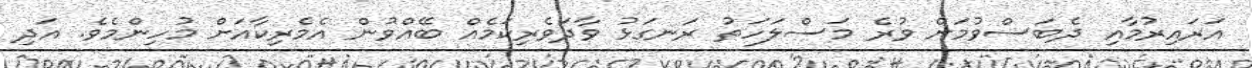
އަރައިރުމާއި ދެބަސްވުމަށް ވުރެ މަސްލަހަތު ރަނގަޅު ވާދަވެރިކަމެއް ބޭއްވުން އެމެރިކާއަށް މުހިންމެވެ. އަދި